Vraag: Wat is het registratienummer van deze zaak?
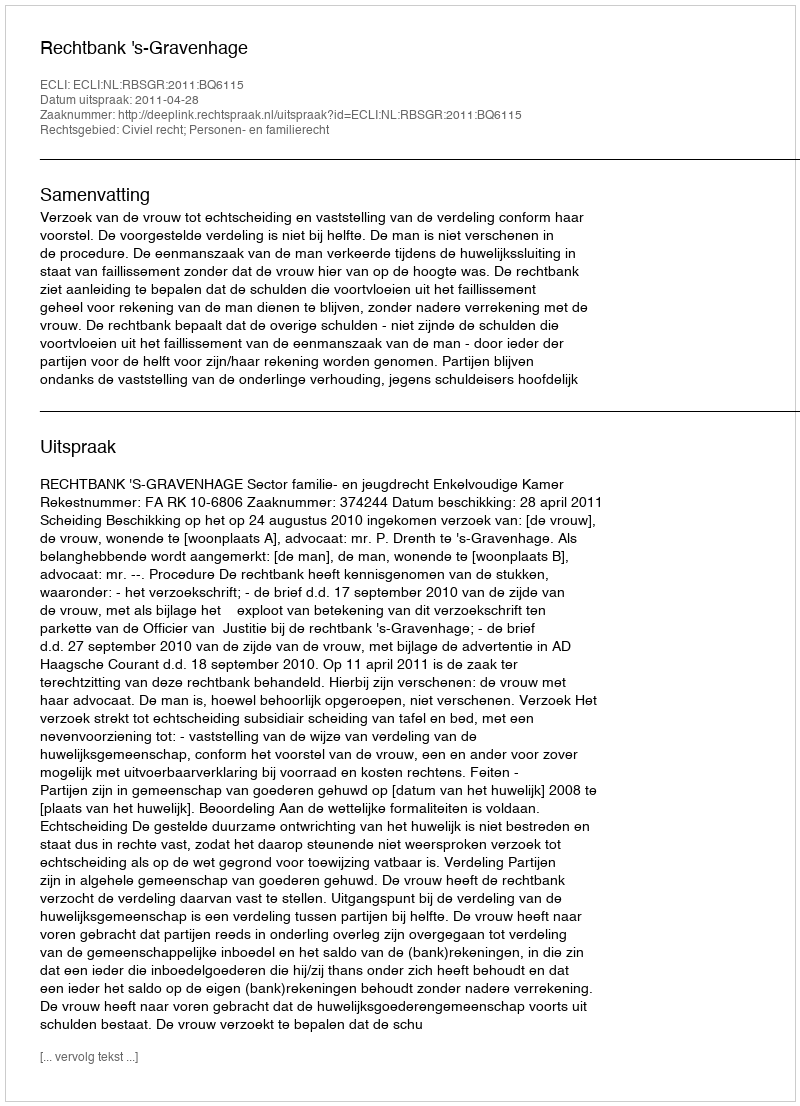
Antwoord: http://deeplink.rechtspraak.nl/uitspraak?id=ECLI:NL:RBSGR:2011:BQ6115